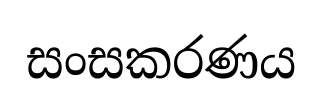
සංසකරණය